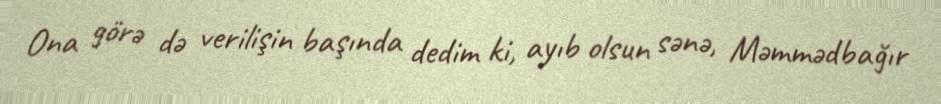
Ona görə də verilişin başında dedim ki, ayıb olsun sənə, Məmmədbağır